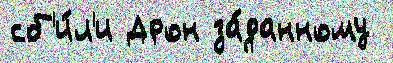
сб'и́л'и Дрон за́данному